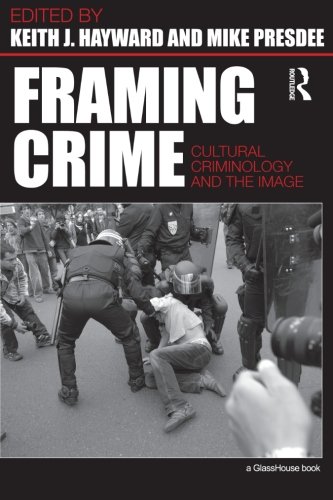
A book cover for Framing Crime: Cultural Criminology and the Image; Crafts, Hobbies & Home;